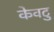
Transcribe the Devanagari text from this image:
केवटु